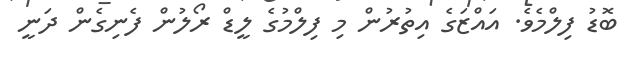
ބޮޑު ފިލްމެވެ. އައްޒަގެ އިތުރުން މި ފިލްމުގެ ލީޑް ރޯލުން ފެނިގެން ދަނީ